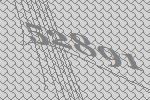
52891